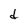
Character: d